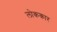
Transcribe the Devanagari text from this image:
लोककार